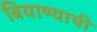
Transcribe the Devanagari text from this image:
बियाण्याची